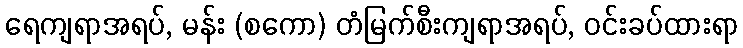
ရေကျရာအရပ်, မန်း (စကော) တံမြက်စီးကျရာအရပ်, ဝင်းခပ်ထားရာ